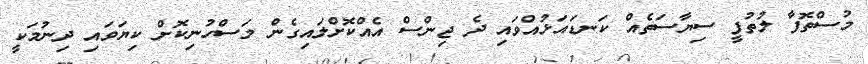
މުސްތޮފާ ލުތުފީ ސިޔާސަތެއް ކަނޑައަޅުއްވައި ދެ ޖިންސް އެއްކޮށްލައިގެން މަސްހުނިކޮށް ކިޔަވައި ދިނުމަކީ